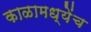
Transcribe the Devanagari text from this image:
काळामध्येंच